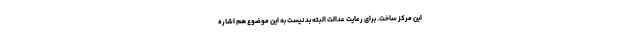
این مرکز ساخت. برای رعایت عدالت البته بد نیست به این موضوع هم اشاره